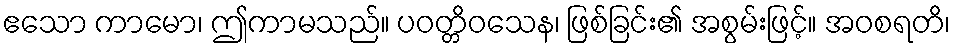
ဧသော ကာမော၊ ဤကာမသည်။ ပဝတ္တိဝသေန၊ ဖြစ်ခြင်း၏ အစွမ်းဖြင့်။ အဝစရတိ၊